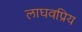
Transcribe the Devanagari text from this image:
लाघवप्रिय